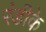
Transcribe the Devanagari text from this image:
रंडीके